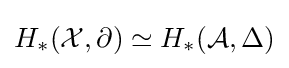
H_{*}({\mathcal {X}},\partial )\simeq H_{*}({\mathcal {A}},\Delta )